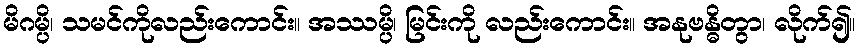
မိဂမ္ပိ၊ သမင်ကိုလည်းကောင်း။ အဿမ္ပိ၊ မြင်းကို လည်းကောင်း။ အနုဗန္ဓိတွာ၊ လိုက်၍။